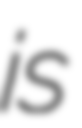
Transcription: is